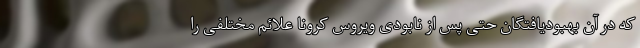
که در آن بهبودیافتگان حتی پس از نابودی ویروس کرونا علائم مختلفی را